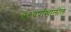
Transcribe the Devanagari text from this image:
१९वर्षाखालील